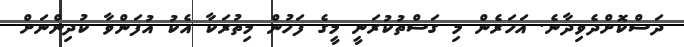
ދަސްކޮށްދެވިދާނެ. އަހަރެން މި ގަސްތުކުރަނީ މީގެ ފަހުން މިތުރަކާ އެކު އުފަންވާ ކުދިންނަށް